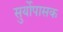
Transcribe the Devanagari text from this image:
सुर्योपासक